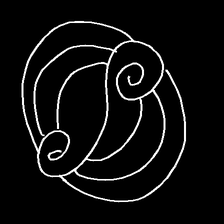
Glyph: wind-underfoot